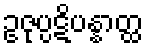
ဥဇုပ္ပဋိပန္နာတ္ထ